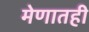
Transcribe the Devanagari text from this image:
मेणातही